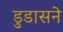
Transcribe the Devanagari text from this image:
डुडासने